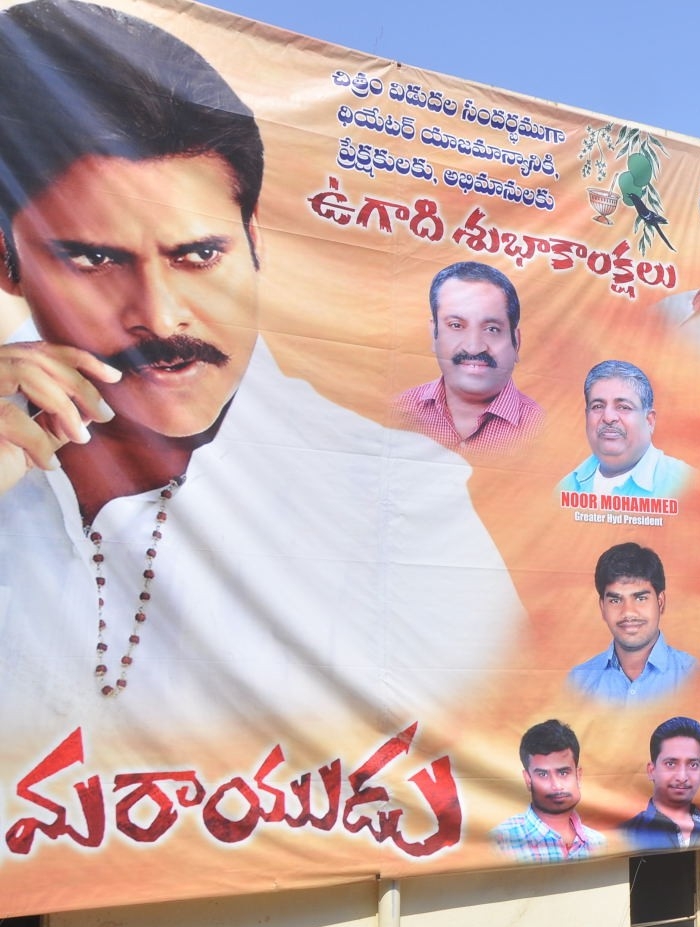
Language: telugu
Transcription: శుభాకంక్షలు చిత్రం విడుదల సందర్భముగా ధియేటర్ ప్రేక్షకులకు, అభిమానులకు మరాయుడు